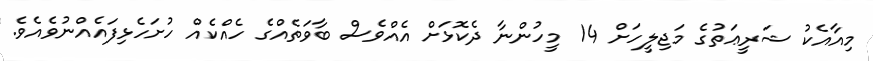
މިއާއެކު ޝަރީޢަތުގެ މަޖިލީހަށް 14 މީހުންނާ ދެކޮޅަށް އެއްވެސް ބާވަތެއްގެ ހެއްކެއް ހުށަހެޅިފައެއްނުވެއެވެ.